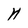
Character: H